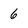
Character: 6